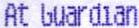
AT GUARDIAN